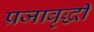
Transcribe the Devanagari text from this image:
प्रजावृद्धी